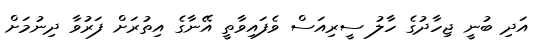
އަދި ބުނީ ޖިހާދުގެ ހާލު ސީރިއަސް ވެފައިވާތީ އޭނާގެ އިތުރަށް ފަރުވާ ދިނުމަށް